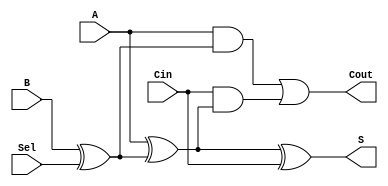
`timescale 1ns / 1ns
//////////////////////////////////////////////////////////////////////////////////
//  
// Made by: Ali Nowrouzi and Ahmad Foroughi 
// 
//////////////////////////////////////////////////////////////////////////////////
module one_bit_adder(S,Cout,A,B,Sel,Cin);
	output S,Cout;
	input A, B, Sel, Cin;
	
	wire Bs, t1, t2, t3;
	assign Bs = B^Sel;
	
	assign t1= A^Bs;
	assign t2= A & Bs;
	assign t3= Cin & t1;
	
	assign S = t1^Cin;
	assign Cout= t2 | t3;
	
	
	
endmodule